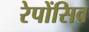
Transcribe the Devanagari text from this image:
रेपोंसिव